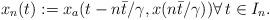
LaTeX: \begin{align*}x_n(t) :=x_a(t-n{\bar{t}}/{\gamma},x(n{\bar{t}}/{\gamma})) \forall \, t \in I_n.\end{align*}